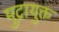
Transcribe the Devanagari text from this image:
मुद्रायुक्त